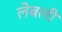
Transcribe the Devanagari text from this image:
लेबली